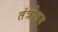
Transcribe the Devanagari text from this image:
तंत्रोच्चय